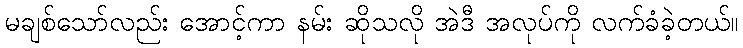
မချစ်သော်လည်း အောင့်ကာ နမ်း ဆိုသလို အဲဒီ အလုပ်ကို လက်ခံခဲ့တယ်။